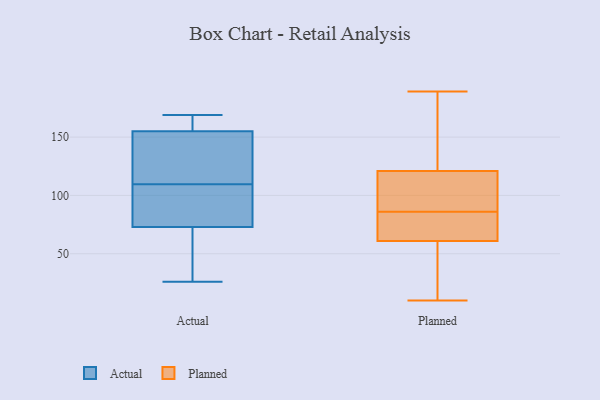
{"axis": {"x": "Budget (USD K)", "y": "Value"}, "legend": ["Actual", "Planned"], "data": [{"x": "", "y": 38, "type": "Actual"}, {"x": "", "y": 108, "type": "Actual"}, {"x": "", "y": 156, "type": "Actual"}, {"x": "", "y": 111, "type": "Actual"}, {"x": "", "y": 81, "type": "Actual"}, {"x": "", "y": 158, "type": "Actual"}, {"x": "", "y": 169, "type": "Actual"}, {"x": "", "y": 154, "type": "Actual"}, {"x": "", "y": 120, "type": "Actual"}, {"x": "", "y": 26, "type": "Actual"}, {"x": "", "y": 69, "type": "Actual"}, {"x": "", "y": 77, "type": "Actual"}, {"x": "", "y": 95, "type": "Planned"}, {"x": "", "y": 86, "type": "Planned"}, {"x": "", "y": 100, "type": "Planned"}, {"x": "", "y": 160, "type": "Planned"}, {"x": "", "y": 189, "type": "Planned"}, {"x": "", "y": 160, "type": "Planned"}, {"x": "", "y": 108, "type": "Planned"}, {"x": "", "y": 10, "type": "Planned"}, {"x": "", "y": 86, "type": "Planned"}, {"x": "", "y": 58, "type": "Planned"}, {"x": "", "y": 62, "type": "Planned"}, {"x": "", "y": 43, "type": "Planned"}, {"x": "", "y": 64, "type": "Planned"}]}